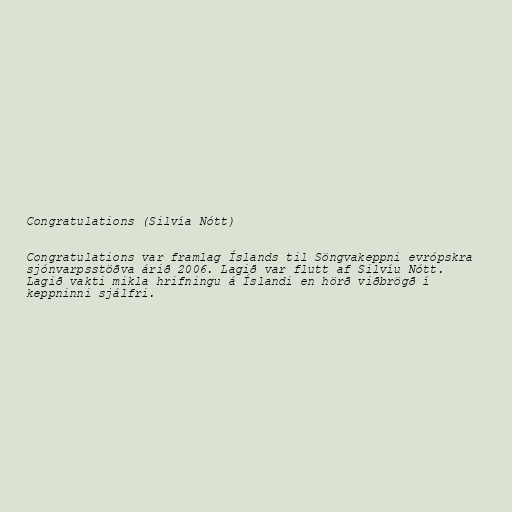
Congratulations (Silvía Nótt)

Congratulations var framlag Íslands til Söngvakeppni evrópskra
sjónvarpsstöðva árið 2006. Lagið var flutt af Silvíu Nótt.
Lagið vakti mikla hrifningu á Íslandi en hörð viðbrögð í
keppninni sjálfri.